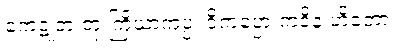
ကေဋုဘံ တု ကြိယာကပ္ပ၊ ဝိကပ္ပော ကဝိနံ ဟိတော။